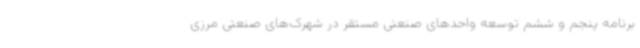
برنامه پنجم و ششم توسعه واحدهای صنعتی مستقر در شهرک‌های صنعتی مرزی